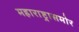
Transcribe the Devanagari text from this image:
महाराष्ट्रासमोर